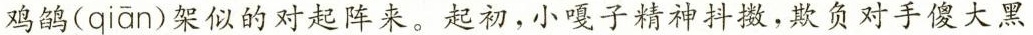
鸡鸽( qian )架似的对起阵来。起初，小嘎子精神抖擞，欺负对手傻大黑